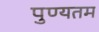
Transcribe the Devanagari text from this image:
पुण्यतम